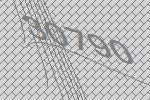
30790